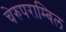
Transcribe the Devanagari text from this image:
चेरुपराम्बिल